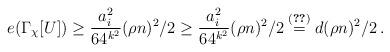
LaTeX: \begin{align*} e(\Gamma_\chi[U]) \geq \frac{a^2_i}{64^{k^2}}({\rho n})^2/2 \geq \frac{a^2_i}{64^{k^2}}({\rho n})^2/2\overset{\eqref{eq:dgd}}{=}d({\rho n})^2/2\,.\end{align*}